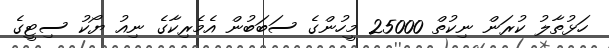
ހަޅުތާލު ކުރަން ނިކުތް 25000 މީހުންގެ ސަބަބުން އެމެރިކާގެ ނިއު ޔޯކު ސިޓީގެ